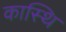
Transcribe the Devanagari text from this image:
कास्थि